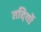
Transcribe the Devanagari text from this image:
तदियों